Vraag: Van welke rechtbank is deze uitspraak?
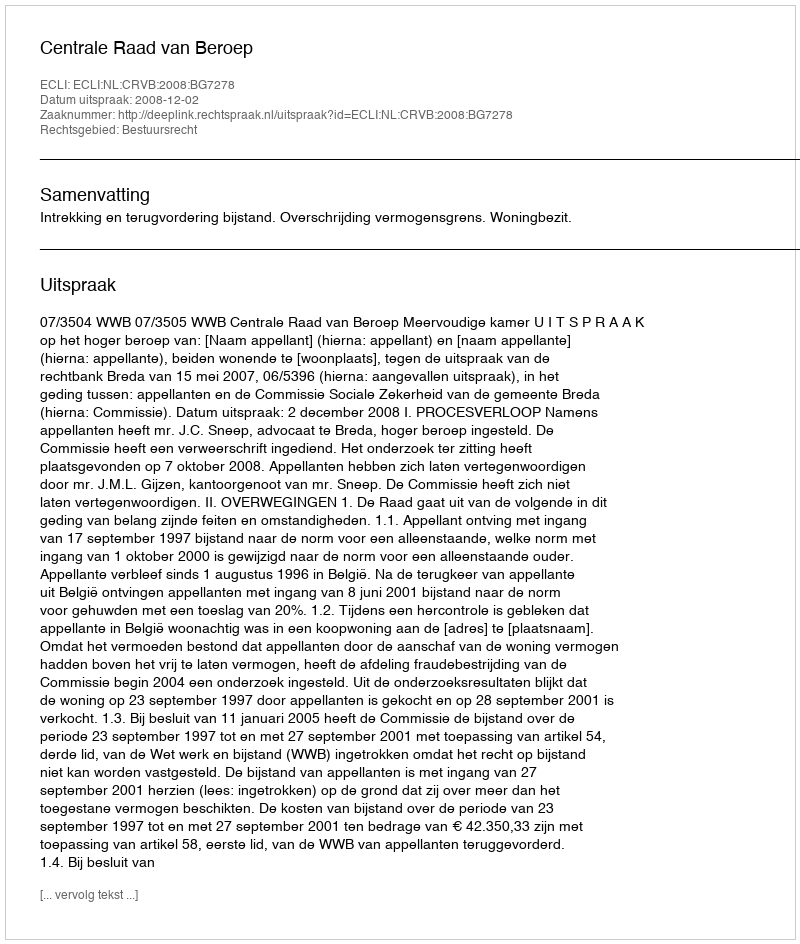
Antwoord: Centrale Raad van Beroep